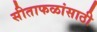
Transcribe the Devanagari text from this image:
सीताफळांसाठी